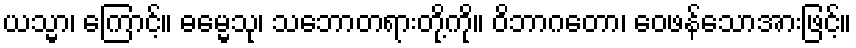
ယသ္မာ၊ ကြောင့်။ ဓမ္မေသု၊ သဘောတရားတို့ကို။ ဝိဘာဂတော၊ ဝေဖန်သောအားဖြင့်။